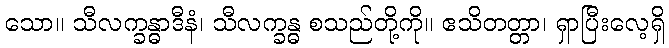
သော။ သီလက္ခန္ဓာဒီနံ၊ သီလက္ခန္ဓ စသည်တို့ကို။ ဧသိတတ္တာ၊ ရှာပြီးလေ့ရှိ